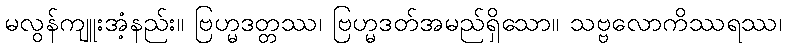
မလွန်ကျူးအံ့နည်း။ ဗြဟ္မဒတ္တဿ၊ ဗြဟ္မဒတ်အမည်ရှိသော။ သဗ္ဗလောကိဿရဿ၊